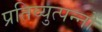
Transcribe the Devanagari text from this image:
प्रतिव्युत्पन्नों